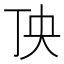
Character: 𱍒